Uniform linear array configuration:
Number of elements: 4
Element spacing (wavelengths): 0.75
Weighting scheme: hamming
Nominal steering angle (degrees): -45
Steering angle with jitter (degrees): -46.717
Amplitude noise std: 0.05
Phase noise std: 0.05

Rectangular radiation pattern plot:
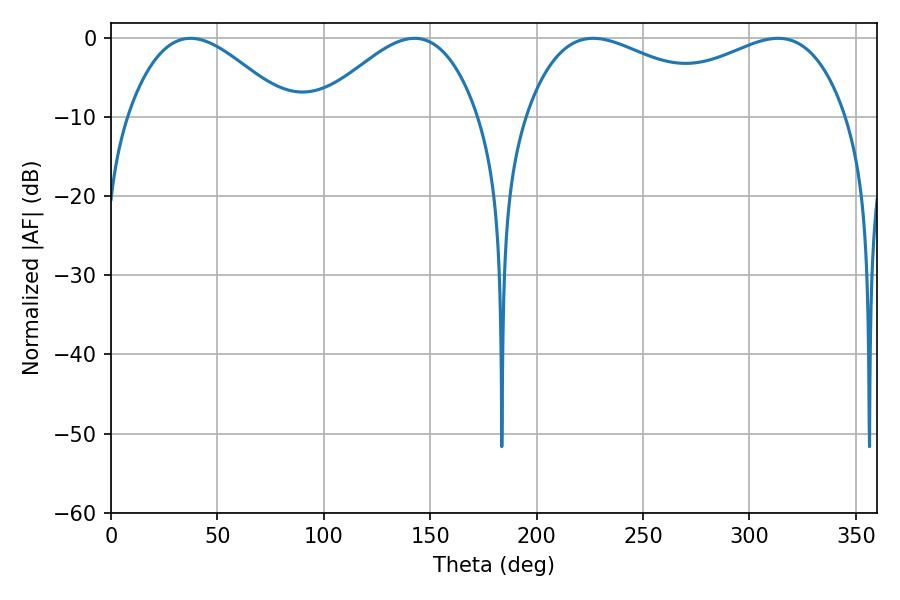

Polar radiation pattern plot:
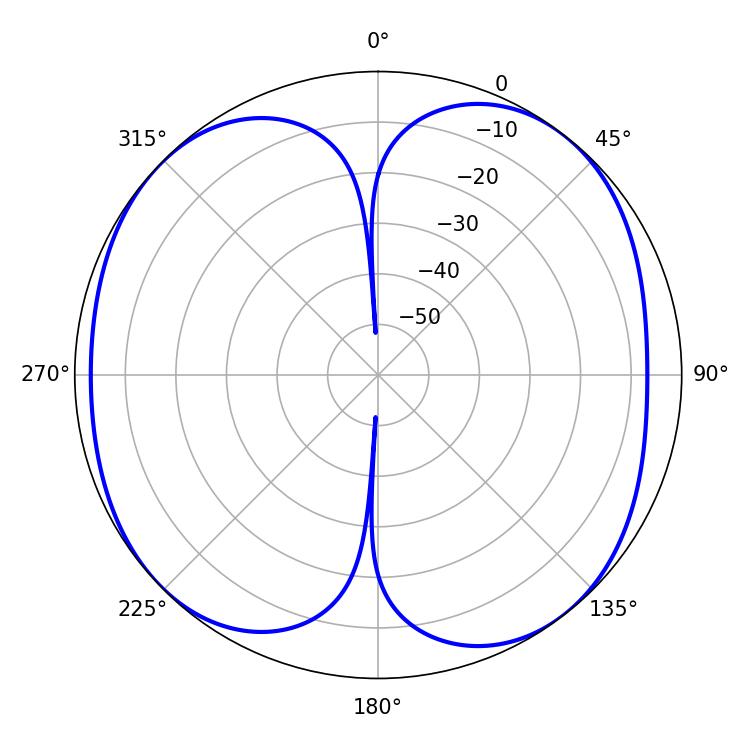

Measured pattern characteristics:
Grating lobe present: TRUE
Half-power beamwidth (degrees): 40.68
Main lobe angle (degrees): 37.44